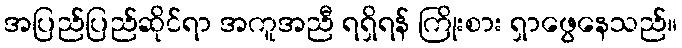
အပြည်ပြည်ဆိုင်ရာ အကူအညီ ရရှိရန် ကြိုးစား ရှာဖွေနေသည်။